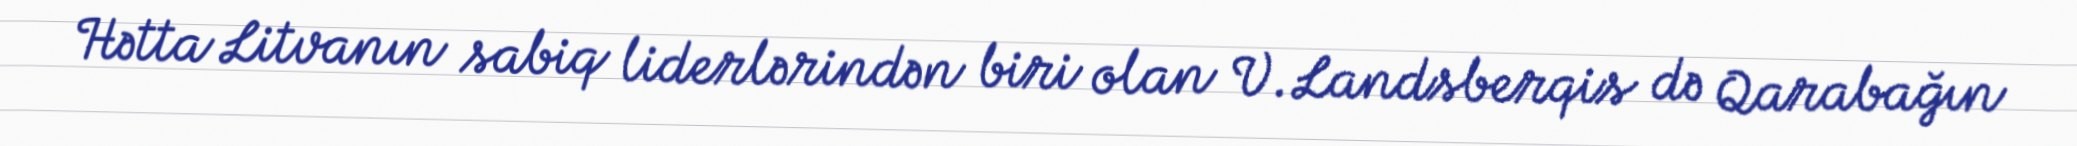
Hətta Litvanın sabiq liderlərindən biri olan V.Landsberqis də Qarabağın